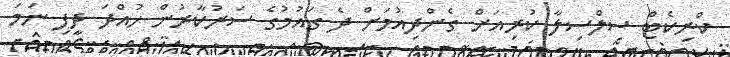
ކްރިކެޓް ސިލްސިލާ ކުރިއަށް ގެންދިއުމަށް ދެ ގައުމުގެ ސަރުކާރުން ހުއްދަ ދީފި ނަމަ